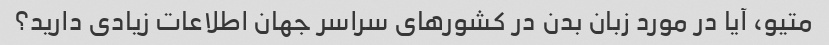
متیو، آیا در مورد زبان بدن در کشورهای سراسر جهان اطلاعات زیادی دارید؟